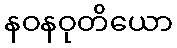
နဝနဝုတိယော